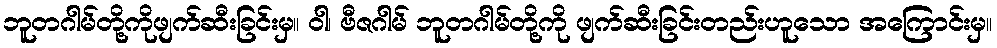
ဘူတဂါမ်တို့ကိုဖျက်ဆီးခြင်းမှ။ ဝါ၊ ဗီဇဂါမ် ဘူတဂါမ်တို့ကို ဖျက်ဆီးခြင်းတည်းဟူသော အကြောင်းမှ။